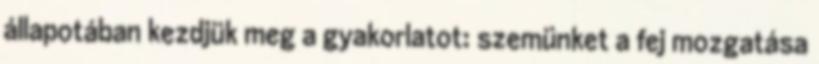
állapotában kezdjük meg a gyakorlatot: szemünket a fej mozgatása